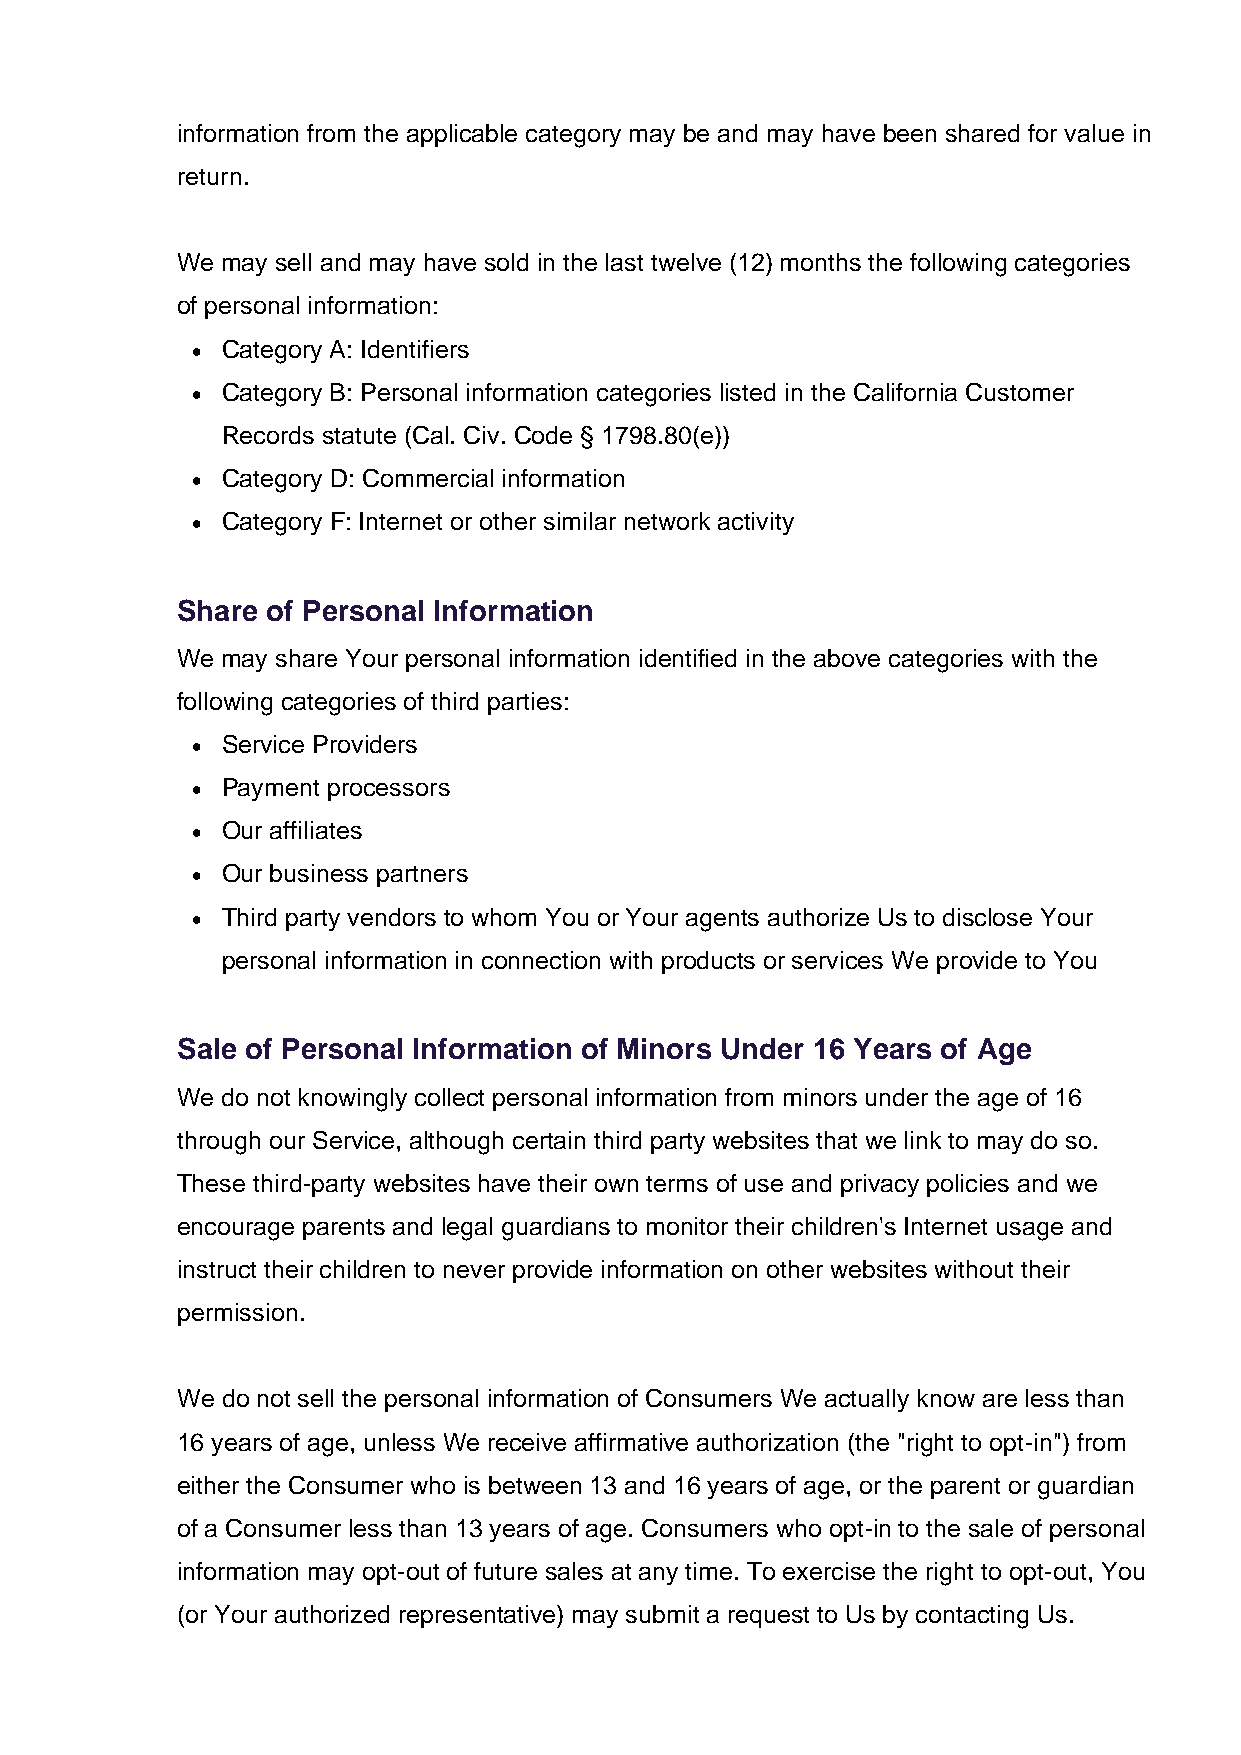
information from the applicable category may be and may have been shared for value in
 return.
 We may sell and may have sold in the last twelve (12) months the following categories
 of personal information:
 • Category A: Identifiers
 • Category B: Personal information categories listed in the California Customer
 Records statute (Cal. Civ. Code § 1798.80(e))
 • Category D: Commercial information
 • Category F: Internet or other similar network activity
 Share of Personal Information
 We may share Your personal information identified in the above categories with the
 following categories of third parties:
 • Service Providers
 • Payment processors
 • Our affiliates
 • Our business partners
 • Third party vendors to whom You or Your agents authorize Us to disclose Your
 personal information in connection with products or services We provide to You
 Sale of Personal Information of Minors Under 16 Years of Age
 We do not knowingly collect personal information from minors under the age of 16
 through our Service, although certain third party websites that we link to may do so.
 These third-party websites have their own terms of use and privacy policies and we
 encourage parents and legal guardians to monitor their children's Internet usage and
 instruct their children to never provide information on other websites without their
 permission.
 We do not sell the personal information of Consumers We actually know are less than
 16 years of age, unless We receive affirmative authorization (the "right to opt-in") from
 either the Consumer who is between 13 and 16 years of age, or the parent or guardian
 of a Consumer less than 13 years of age. Consumers who opt-in to the sale of personal
 information may opt-out of future sales at any time. To exercise the right to opt-out, You
 (or Your authorized representative) may submit a request to Us by contacting Us.